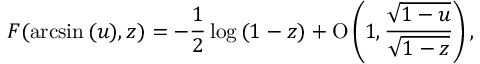
F ( \arcsin { ( u ) } , z ) = - \frac { 1 } { 2 } \log { ( 1 - z ) } + \ensuremath { \operatorname { O } \left( 1 , \frac { \sqrt { 1 - u } } { \sqrt { 1 - z } } \right) } ,